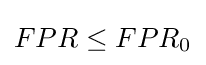
FPR\leq FPR_{0}